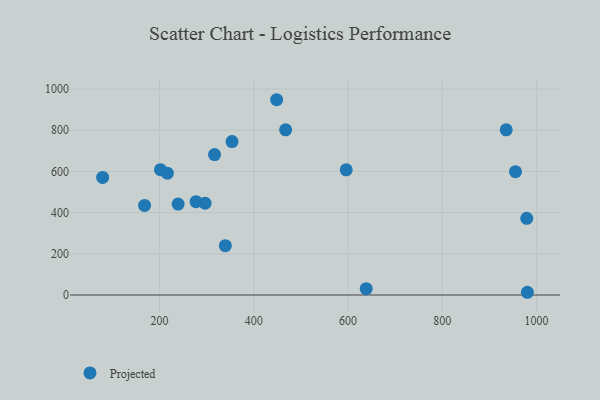
{"axis": {"x": "Study Hours", "y": "Exam Score"}, "legend": ["Projected"], "data": [{"x": "316.6", "y": 681.7, "type": "Projected"}, {"x": "216.4", "y": 591.3, "type": "Projected"}, {"x": "448.4", "y": 948.2, "type": "Projected"}, {"x": "277.3", "y": 453.3, "type": "Projected"}, {"x": "955.2", "y": 598.9, "type": "Projected"}, {"x": "980.4", "y": 13.2, "type": "Projected"}, {"x": "935.5", "y": 802.2, "type": "Projected"}, {"x": "79.1", "y": 570.8, "type": "Projected"}, {"x": "168.1", "y": 435.1, "type": "Projected"}, {"x": "201.9", "y": 608.7, "type": "Projected"}, {"x": "979.1", "y": 372.5, "type": "Projected"}, {"x": "296.6", "y": 445.4, "type": "Projected"}, {"x": "339.5", "y": 239.4, "type": "Projected"}, {"x": "638.4", "y": 30.5, "type": "Projected"}, {"x": "467.4", "y": 801.9, "type": "Projected"}, {"x": "596.0", "y": 607.8, "type": "Projected"}, {"x": "239.3", "y": 441.5, "type": "Projected"}, {"x": "353.7", "y": 744.9, "type": "Projected"}]}